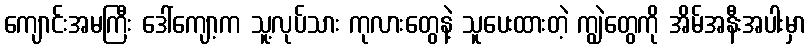
ကျောင်းအမကြီး ဒေါ်ကျော့က သူ့လုပ်သား ကုလားတွေနဲ့ သူပေးထားတဲ့ ကျွဲတွေကို အိမ်အနီးအပါးမှာ